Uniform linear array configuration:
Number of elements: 48
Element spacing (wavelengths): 1
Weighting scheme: binomial
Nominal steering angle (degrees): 0
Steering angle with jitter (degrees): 1.536
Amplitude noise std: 0.05
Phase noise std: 0.05

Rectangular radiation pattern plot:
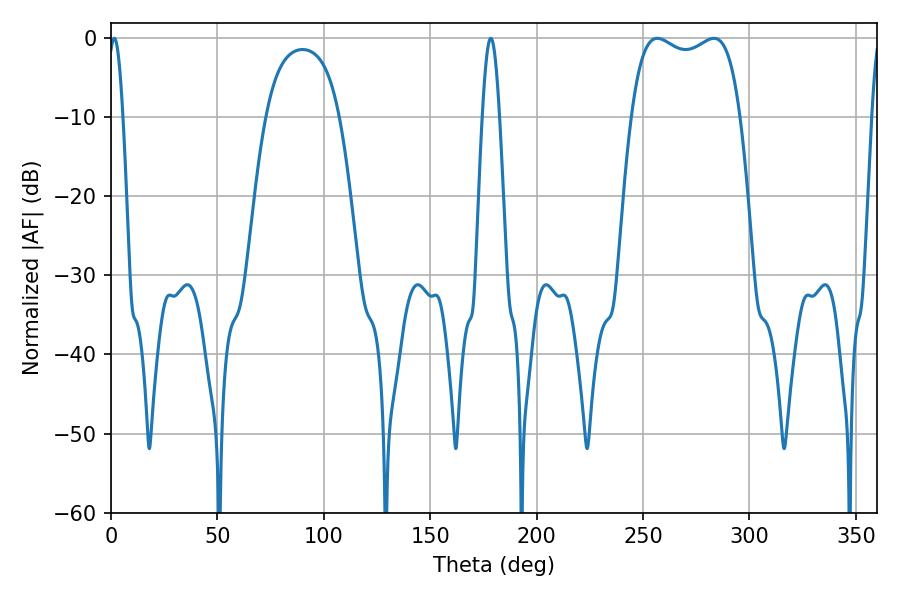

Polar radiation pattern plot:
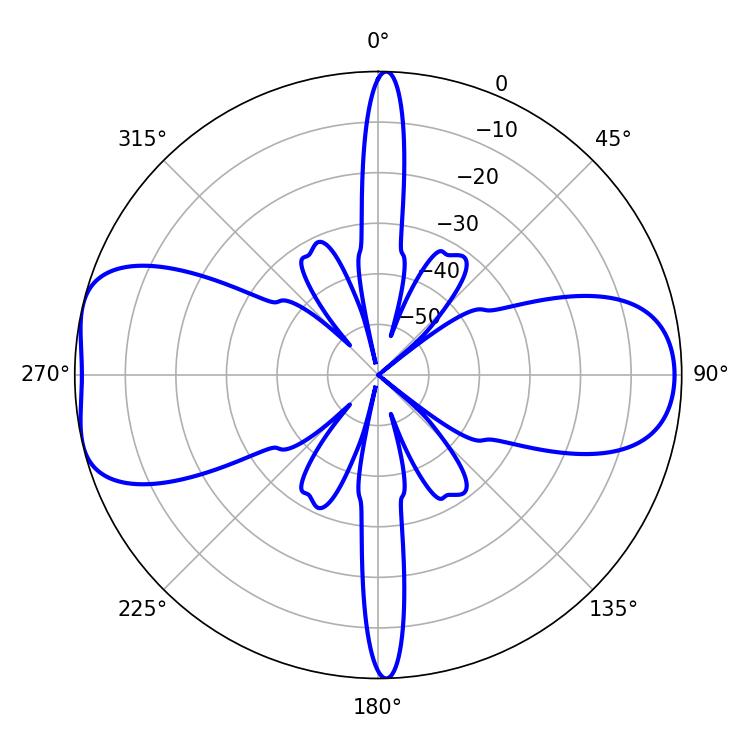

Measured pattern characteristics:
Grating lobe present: TRUE
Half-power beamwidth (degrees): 41.76
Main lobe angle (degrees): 256.68